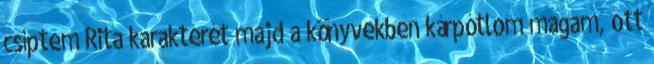
csíptem Rita karakterét majd a könyvekben kárpótlom magam, ott